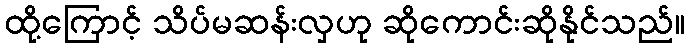
ထို့ကြောင့် သိပ်မဆန်းလှဟု ဆိုကောင်းဆိုနိုင်သည်။